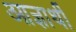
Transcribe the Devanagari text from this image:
आज्ञार्थी